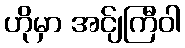
ဟိုမှာ အင်ျကြီဝါ